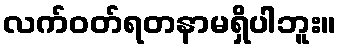
လက်ဝတ်ရတနာမရှိပါဘူး။